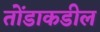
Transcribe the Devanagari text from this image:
तोँडाकडील